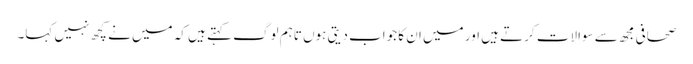
صحافی مجھ سے سوالات کرتے ہیں اور میں ان کا جواب دیتی ہوں تاہم لوگ کہتے ہیں کہ میں نے کچھ نہیں کہا۔